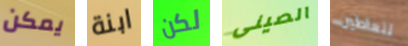
يمكن ابنة لكن الصينى تتعاطين